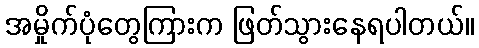
အမှိုက်ပုံတွေကြားက ဖြတ်သွားနေရပါတယ်။